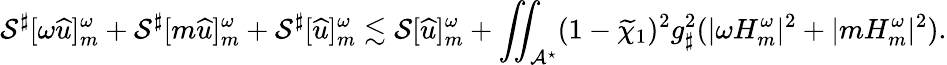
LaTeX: \mathcal{S}^{\sharp}[\omega{\widehat{u}}]_{m}^{\omega}+\mathcal{S}^{\sharp}[m{\widehat{u}}]_{m}^{\omega}+\mathcal{S}^{\sharp}[{\widehat{u}}]_{m}^{\omega}\lesssim\mathcal{S}[{\widehat{u}}]_{m}^{\omega}+\iint_{\mathcal{A}^{\star}}(1-\widetilde{\chi}_{1})^{2}g_{\sharp}^{2}(|\omega H_{m}^{\omega}|^{2}+|mH_{m}^{\omega}|^{2}).